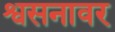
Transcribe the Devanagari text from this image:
श्वसनावर